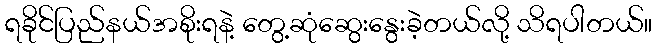
ရခိုင်ပြည်နယ်အစိုးရနဲ့ တွေ့ဆုံဆွေးနွေးခဲ့တယ်လို့ သိရပါတယ်။